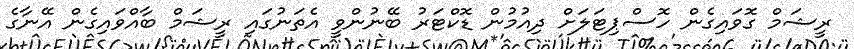
ރީޝަމް ގޮވައިގެން ހޮސްޕިޓަލަށް ދިއުމުން ޑޮކްޓަރު ބޭނުންވީ އެތަނުގައި ރީޝަމް ބާއްވައިގެން އޭނާގެ